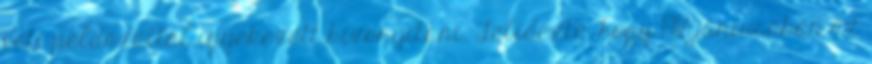
vett példázattal igyekezett bizonyítani. Felidézte, hogy 1918 júniusában az